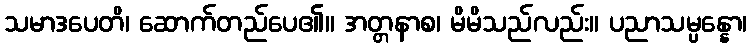
သမာဒပေတိ၊ ဆောက်တည်ပေ၏။ အတ္တနာစ၊ မိမိသည်လည်း။ ပညာသမ္ပန္နော၊